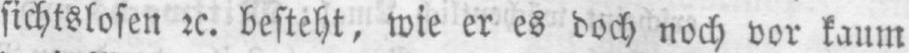
sichtslosen etc. besteht, wie er es doch noch vor kaum